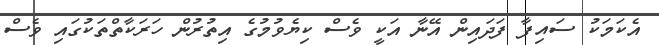
އެކަމަކު ސައިފާ ފަދައިން އޭނާ އަކީ ވެސް ކިޔެވުމުގެ އިތުރުން ހަރަކާތްތަކުގައި ވެސް